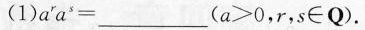
(1)$$a ^ { r } a ^ { s } = ___$$($$a ＞ 0$$，r，s \in Q).